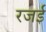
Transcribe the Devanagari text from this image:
रजई